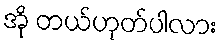
အို တယ်ဟုတ်ပါလား